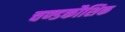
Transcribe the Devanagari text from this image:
चण्डकौशिक